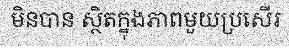
មិនបាន ស្ថិតក្នុងភាពមួយប្រសើរ